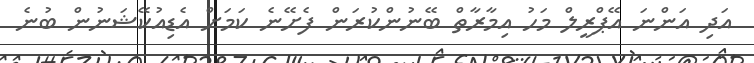
އަދި އަންނަ އޭޕްރީލް މަހު އިމާރާތް ބޭނުންކުރަން ފެށޭނެ ކަމަށް އެޑިއުކޭޝަނުން ބުނެ